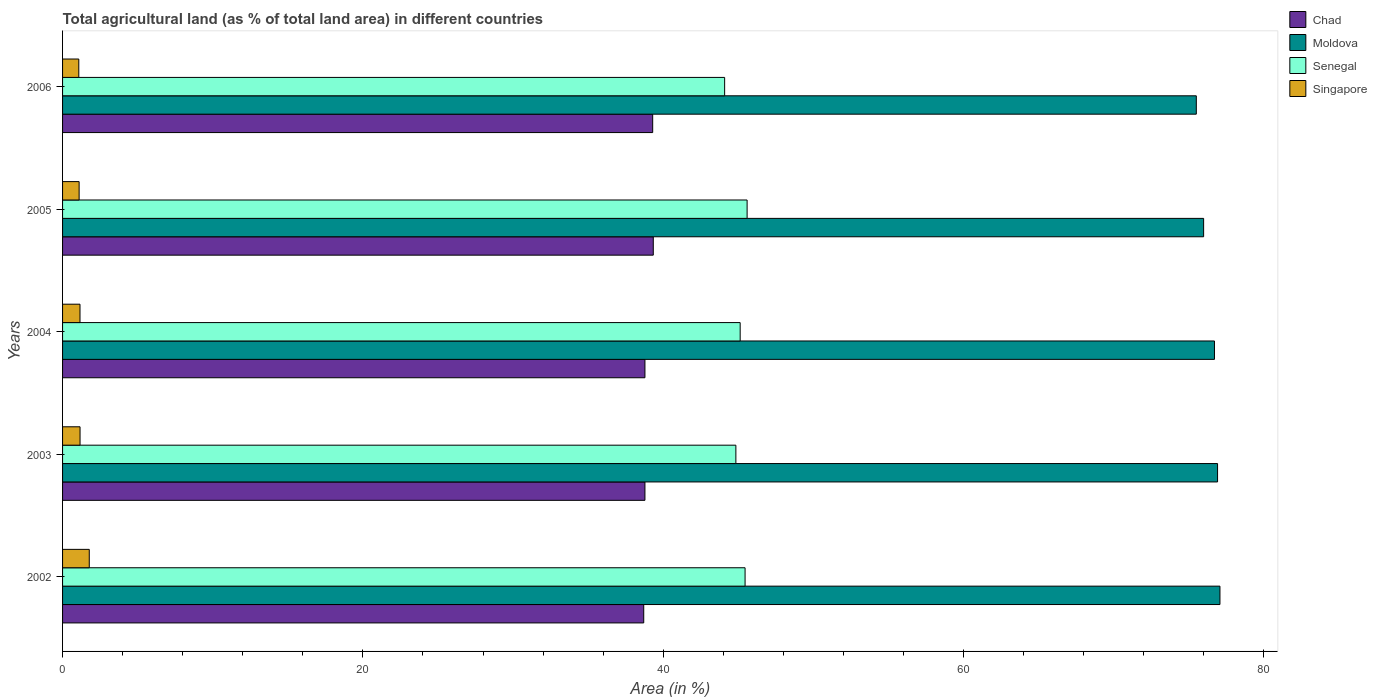
| Years | Chad | Moldova | Senegal | Singapore |
 | --- | --- | --- | --- | --- |
 | 2002 | 38.7 | 77.1 | 45.4 | 1.78 |
 | 2003 | 38.8 | 76.9 | 44.8 | 1.16 |
 | 2004 | 38.8 | 76.7 | 45.1 | 1.16 |
 | 2005 | 39.3 | 76 | 45.6 | 1.1 |
 | 2006 | 39.3 | 75.5 | 44.1 | 1.08 |